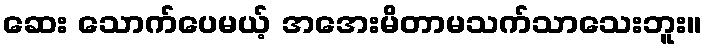
ဆေး သောက်ပေမယ့် အအေးမိတာမသက်သာသေးဘူး။